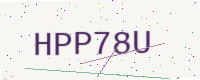
Text: HPP78U